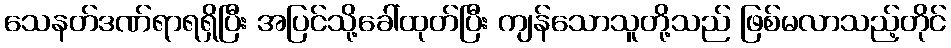
သေနတ်ဒဏ်ရာရရှိပြီး အပြင်သို့ခေါ်ထုတ်ပြီး ကျန်သောသူတို့သည် ဖြစ်မလာသည့်တိုင်